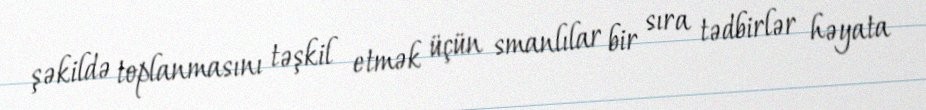
şəkildə toplanmasını təşkil etmək üçün smanlılar bir sıra tədbirlər həyata